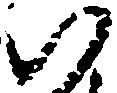
御